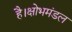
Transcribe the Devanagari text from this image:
है।क्षोभमंडल